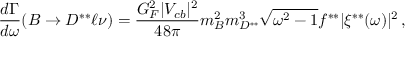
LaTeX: { \frac { d \Gamma } { d \omega } } ( B \to D ^ { * * } \ell \nu ) = { \frac { G _ { F } ^ { 2 } | V _ { c b } | ^ { 2 } } { 4 8 \pi } } m _ { B } ^ { 2 } m _ { D ^ { * * } } ^ { 3 } \sqrt { \omega ^ { 2 } - 1 } f ^ { * * } | \xi ^ { * * } ( \omega ) | ^ { 2 } \, ,